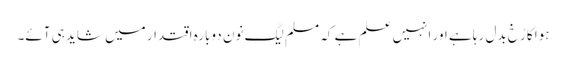
ہوا کا رُخ بدل رہا ہے اور انہیں علم ہے کہ مسلم لیگ نون دوبارہ اقتدار میں شاید ہی آئے۔